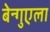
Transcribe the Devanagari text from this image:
बेन्गुएला